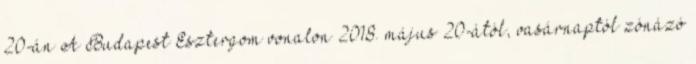
20-án A Budapest–Esztergom vonalon 2018. május 20-ától, vasárnaptól zónázó